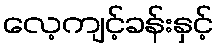
လေ့ကျင့်ခန်းနှင့်